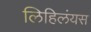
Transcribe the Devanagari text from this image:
लिहिलंयस